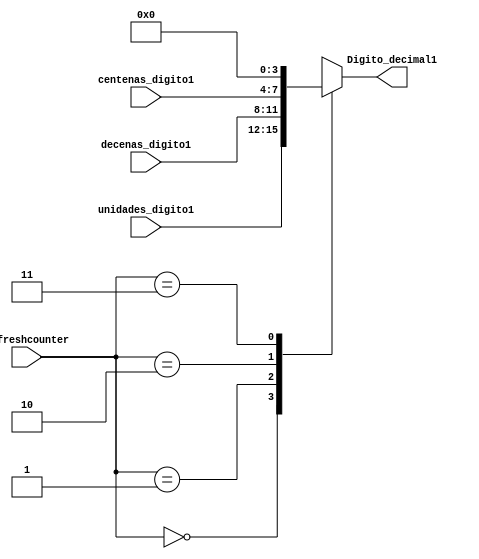
`timescale 1ns / 1ps 
  
module multiplexor_digito1(
input[1:0] refreshcounter,
input[3:0] unidades_digito1, 
input [3:0] decenas_digito1, 
input [3:0] centenas_digito1,
//input[3:0] unidades_digito2, 
//input [3:0] decenas_digito2, 
//input [3:0] centenas_digito2, 
output reg[3:0] Digito_decimal1 
//output reg[3:0] Digito_decimal2 
); 
always@(refreshcounter) 
 begin 
     case(refreshcounter) 
     4'd0: 
         Digito_decimal1= unidades_digito1;//digito1 
     4'd1: 
         Digito_decimal1= decenas_digito1;//digito2
     4'd2: 
         Digito_decimal1= centenas_digito1;//digito3
     4'd3:
         Digito_decimal1= 0;
     //4'd4: 
      //   Digito_decimal2= unidades_digito2;//digito1 
     //4'd5: 
       //  Digito_decimal2= decenas_digito2;//digito2
     //4'd6: 
     //    Digito_decimal2= centenas_digito2;//digito3
     //4'd7:
     //    Digito_decimal2= 0;  
     
    endcase 
 end 
endmodule